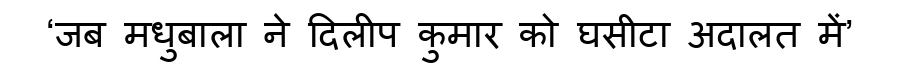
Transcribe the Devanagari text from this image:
‘जब मधुबाला ने दिलीप कुमार को घसीटा अदालत में’